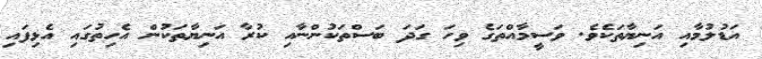
އަޑުލުމާއި އަނިޔާތަކެވެ. ވަސީމާއްތަގެ ވިހަ ގަދަ ބަސްތަކުންނާއި ކުރާ އަނިޔާތަކުން އެހިތުގައި އެޅިފައި